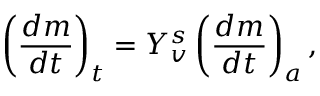
\left( \frac { d m } { d t } \right) _ { t } = Y _ { v } ^ { s } \left( \frac { d m } { d t } \right) _ { a } ,